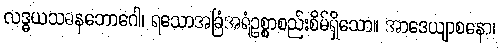
လဒ္ဓယသဓနဘောဂေါ၊ ရသောအခြံအရံဥစ္စာစည်းစိမ်ရှိသော။ အာဒေယျာစနော၊